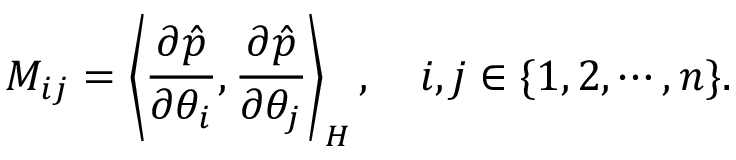
M _ { i j } = \left\langle \frac { \partial \hat { p } } { \partial \theta _ { i } } , \frac { \partial \hat { p } } { \partial \theta _ { j } } \right\rangle _ { H } , \quad i , j \in \{ 1 , 2 , \cdots , n \} .